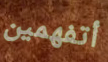
أتفهمين